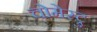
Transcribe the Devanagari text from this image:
चोमेस्ट्रु